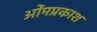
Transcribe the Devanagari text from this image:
ओंमप्रकाश